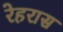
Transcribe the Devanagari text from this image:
रेहरास